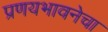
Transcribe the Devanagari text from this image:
प्रणयभावनेचा